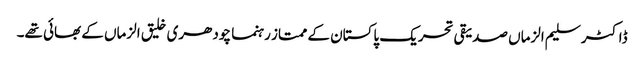
ڈاکٹر سلیم الزماں صدیقی تحریک پاکستان کے ممتاز رہنما چودھری خلیق الزماں کے بھائی تھے۔